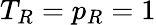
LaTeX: T_{R}=p_{R}=1